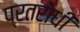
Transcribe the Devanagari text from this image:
प्रतरोधी